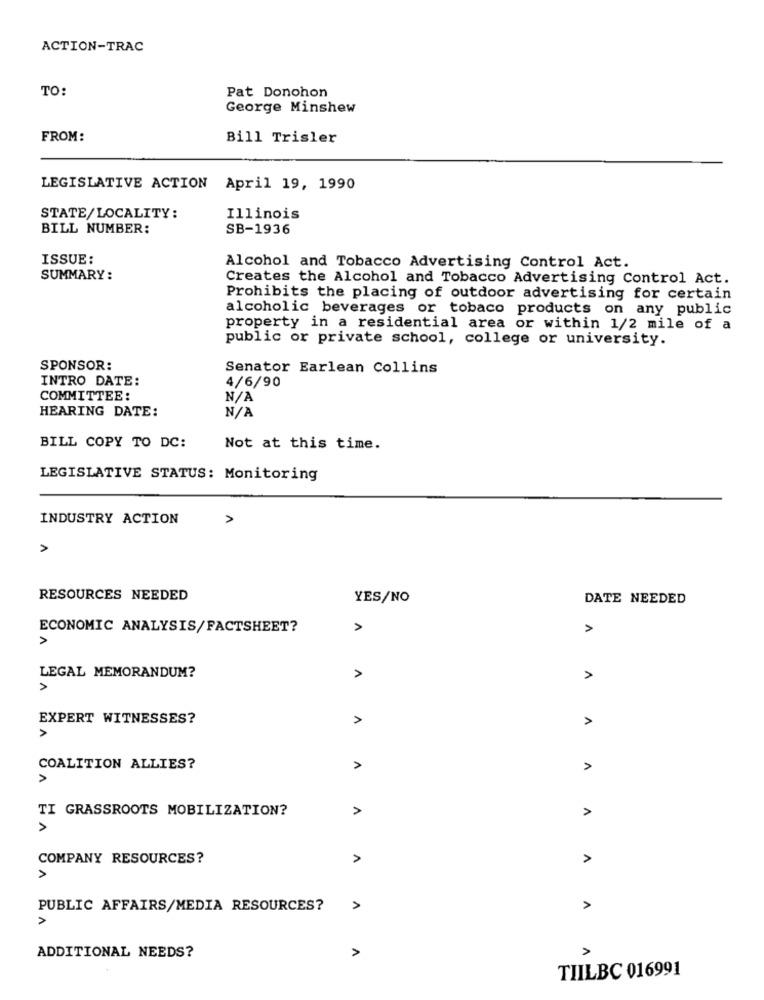
ACTION-TRAC
TO:
Pat Donohon
George Minshew
FROM:
Bill Trisler
LEGISLATIVE ACTION April 19, 1990
STATE/LOCALITY:
Illinois
BILL NUMBER:
SB-1936
ISSUE :
Alcohol and Tobacco Advertising Control Act.
SUMMARY:
Creates the Alcohol and Tobacco Advertising Control Act.
Prohibits the placing of outdoor advertising for certain
alcoholic beverages or tobaco products on any public
property in a residential area or within 1/2 mile of a
public or private school, college or university.
SPONSOR:
Senator Earlean Collins
INTRO DATE:
4/6/90
COMMITTEE :
HEARING DATE:
BILL COPY TO DC:
Not at this time.
LEGISLATIVE STATUS: Monitoring
INDUSTRY ACTION
A
RESOURCES NEEDED
YES/NO
DATE NEEDED
ECONOMIC ANALYSIS/FACTSHEET?
A
A
A
LEGAL MEMORANDUM?
1
>
EXPERT WITNESSES?
A
>
V
COALITION ALLIES?
V
A
TI GRASSROOTS MOBILIZATION?
A
>
A
COMPANY RESOURCES?
>
A
A
PUBLIC AFFAIRS/MEDIA RESOURCES?
>
A
>
ADDITIONAL NEEDS?
TIILBC 016991